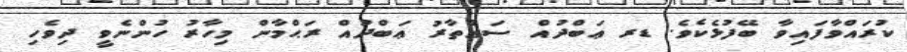
ކުރައްވާފައިވާ ބޭފުޅެކެވެ. ޑރ ޢަބްދުއް ސައްތާރު ޢަބްދުއް ރަޙްމާން މިހާރު ހުންނެވީ ދިވެހި